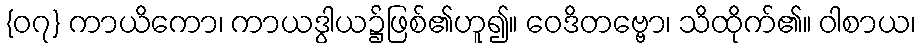
{၀၇} ကာယိကော၊ ကာယဒွါယ၌ဖြစ်၏ဟူ၍။ ဝေဒိတဗ္ဗော၊ သိထိုက်၏။ ဝါစာယ၊